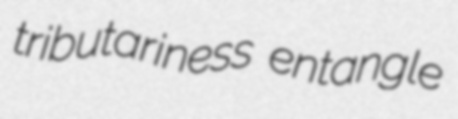
tributariness entangle